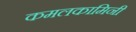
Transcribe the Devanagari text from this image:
कमलकामिनी